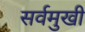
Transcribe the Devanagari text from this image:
सर्वमुखी